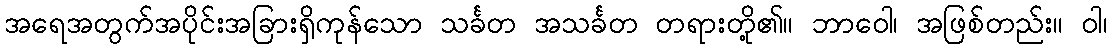
အရေအတွက်အပိုင်းအခြားရှိကုန်သော သင်္ခတ အသင်္ခတ တရားတို့၏။ ဘာဝေါ၊ အဖြစ်တည်း။ ဝါ၊